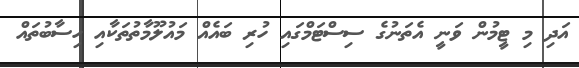
އަދި މި ޓީމުން ވަނީ އެތަނުގެ ސިސްޓަމްގައި ހުރި ބައެއް މައުލޫމާތުތަކާއި ހިސާބުތައް